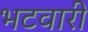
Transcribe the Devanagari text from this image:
भटवारी